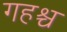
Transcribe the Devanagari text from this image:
गहश्च